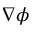
\nabla \phi